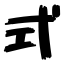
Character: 式